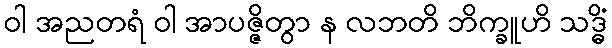
ဝါ အညတရံ ဝါ အာပဇ္ဇိတွာ န လဘတိ ဘိက္ခူဟိ သဒ္ဓိံ